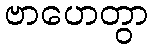
ဗာဟေတွာ